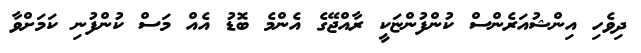
ދިވެހި އިންޝުއަރެންސް ކުންފުންޏަކީ ރާއްޖޭގެ އެންމެ ބޮޑު އެއް މަސް ކުންފުނި ކަމަށްވާ